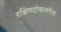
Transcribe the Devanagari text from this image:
दक्षिणटोकावरील